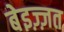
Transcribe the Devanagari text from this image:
बेइज़्ज़त